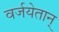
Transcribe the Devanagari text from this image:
वर्जयेतान्